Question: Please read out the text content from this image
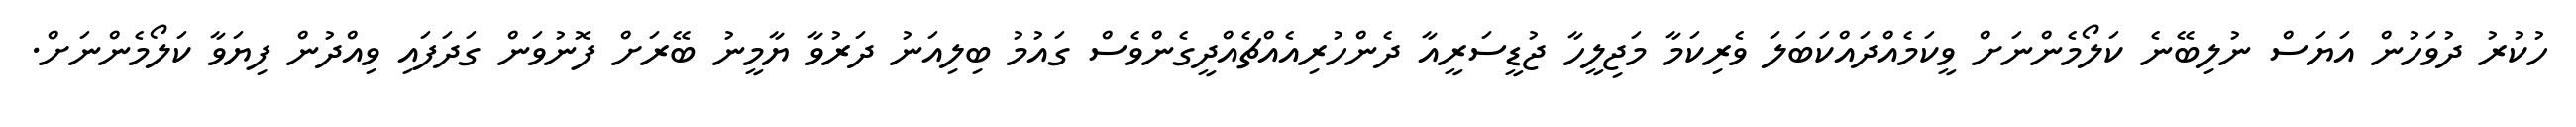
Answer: ހުކުރު ދުވަހުން އަޔަސް ނުލިބޭނެ ކަލޯމެންނަށް ވީކަމެއްދައްކަބަލަ ވެރިކަމާ މަޖިލީހާ ޖުޑީސަރީއާ ދެންހުރިއެއްޗެއްދީގެންވެސް ގައުމު ބިލިއަނު ދަރުވާ ޔާމީނު ބޭރަށް ފޮނުވަން ގަދަފައި ވިއްދުން ފިޔަވާ ކަލޯމެންނަށް.